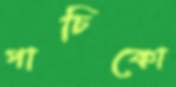
পাচিকো